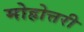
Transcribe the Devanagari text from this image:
मोहोत्तरी